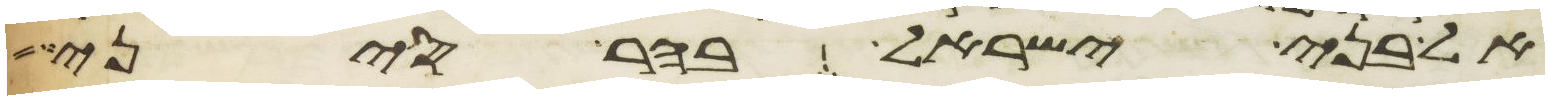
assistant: אל בני ישראל בהר סיני